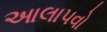
આલાપવો